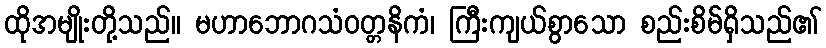
ထိုအမျိုးတို့သည်။ မဟာဘောဂသံဝတ္တနိကံ၊ ကြီးကျယ်စွာသော စည်းစိမ်ရှိသည်၏